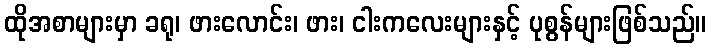
ထိုအစာများမှာ ခရု၊ ဖားလောင်း၊ ဖား၊ ငါးကလေးများနှင့် ပုစွန်များဖြစ်သည်။